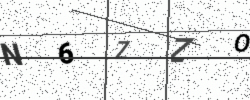
Text: N6ZZO